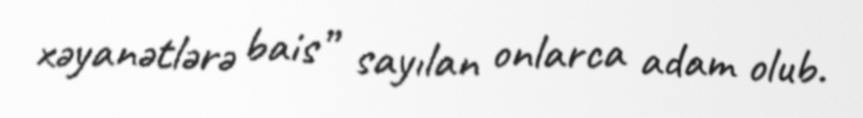
xəyanətlərə bais” sayılan onlarca adam olub.